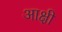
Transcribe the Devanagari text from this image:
आक्षी